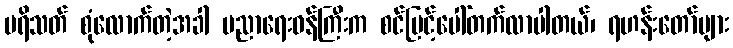
ပရိသတ် စုံလောက်တဲ့အခါ ပညာရေးဝန်ကြီးက စင်မြင့်ပေါ်တက်လာပါတယ်၊ ရဟန်းတော်များ